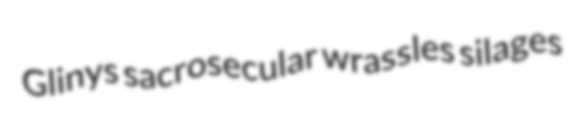
Glinys sacrosecular wrassles silages